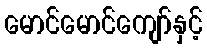
မောင်မောင်ကျော်နှင့်